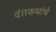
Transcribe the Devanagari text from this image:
दंतकथांचे